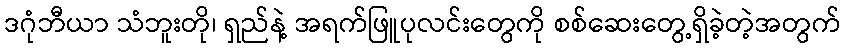
ဒဂုံဘီယာ သံဘူးတို၊ ရှည်နဲ့ အရက်ဖြူပုလင်းတွေကို စစ်ဆေးတွေ့ရှိခဲ့တဲ့အတွက်